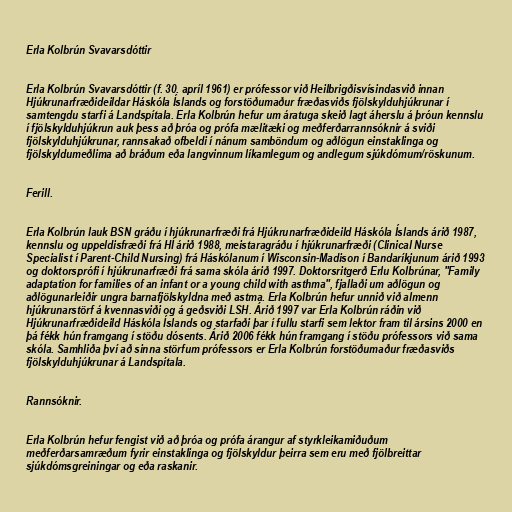
Erla Kolbrún Svavarsdóttir

Erla Kolbrún Svavarsdóttir (f. 30. apríl 1961) er prófessor við Heilbrigðisvísindasvið innan
Hjúkrunarfræðideildar Háskóla Íslands og forstöðumaður fræðasviðs fjölskylduhjúkrunar í
samtengdu starfi á Landspítala. Erla Kolbrún hefur um áratuga skeið lagt áherslu á þróun kennslu
í fjölskylduhjúkrun auk þess að þróa og prófa mælitæki og meðferðarrannsóknir á sviði
fjölskylduhjúkrunar, rannsakað ofbeldi í nánum samböndum og aðlögun einstaklinga og
fjölskyldumeðlima að bráðum eða langvinnum líkamlegum og andlegum sjúkdómum/röskunum.

Ferill.

Erla Kolbrún lauk BSN gráðu í hjúkrunarfræði frá Hjúkrunarfræðideild Háskóla Íslands árið 1987,
kennslu og uppeldisfræði frá HÍ árið 1988, meistaragráðu í hjúkrunarfræði (Clinical Nurse
Specialist í Parent-Child Nursing) frá Háskólanum í Wisconsin-Madison í Bandaríkjunum árið 1993
og doktorsprófi í hjúkrunarfræði frá sama skóla árið 1997. Doktorsritgerð Erlu Kolbrúnar, "Family
adaptation for families of an infant or a young child with asthma", fjallaði um aðlögun og
aðlögunarleiðir ungra barnafjölskyldna með astma. Erla Kolbrún hefur unnið við almenn
hjúkrunarstörf á kvennasviði og á geðsviði LSH. Árið 1997 var Erla Kolbrún ráðin við
Hjúkrunarfræðideild Háskóla Íslands og starfaði þar í fullu starfi sem lektor fram til ársins 2000 en
þá fékk hún framgang í stöðu dósents. Árið 2006 fékk hún framgang í stöðu prófessors við sama
skóla. Samhliða því að sinna störfum prófessors er Erla Kolbrún forstöðumaður fræðasviðs
fjölskylduhjúkrunar á Landspítala.

Rannsóknir.

Erla Kolbrún hefur fengist við að þróa og prófa árangur af styrkleikamiðuðum
meðferðarsamræðum fyrir einstaklinga og fjölskyldur þeirra sem eru með fjölbreittar
sjúkdómsgreiningar og eða raskanir.